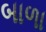
બાળા